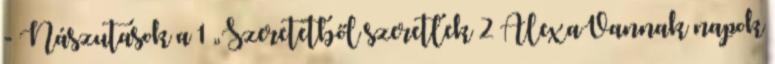
- Nászutasok a 1 „Szeretetből szeretlek 2 AlexaVannak napok